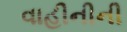
વાહીનીની